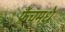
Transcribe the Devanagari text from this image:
फ्रेंचमधे